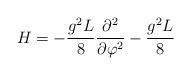
LaTeX: \begin{align*}H = -\frac{g^2 L}{8} \frac{\partial^2}{\partial \varphi^2}-\frac{g^2 L}{8}\end{align*}